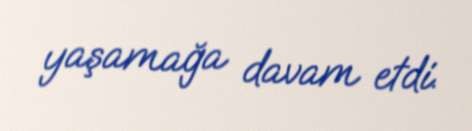
yaşamağa davam etdi.